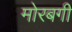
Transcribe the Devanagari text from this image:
मोरबगी